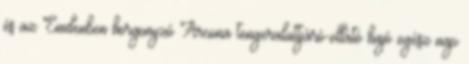
és az Emdenben horgonyzó Arcona tengeralattjáró-ellátó hajó egész nap